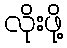
လိုးဖို့